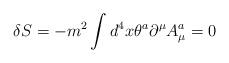
LaTeX: \begin{align*}\delta S=-m^2\int d^4x\theta^a\partial^{\mu}A^a_{\mu}=0\end{align*}